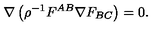
\nabla \left( \rho ^ { - 1 } F ^ { A B } \nabla F _ { B C } \right) = 0 .